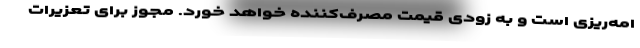
امه‌ریزی است و به زودی قیمت مصرف‌کننده خواهد خورد. مجوز برای تعزیرات